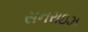
સનરાઇઝ